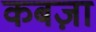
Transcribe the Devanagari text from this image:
कबज़ा